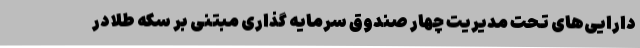
دارایی‌های تحت مدیریت چهار صندوق سرمایه گذاری مبتنی بر سکه طلا در